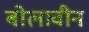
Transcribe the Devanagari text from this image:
बोलावीन